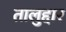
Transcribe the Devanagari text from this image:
तालुद्दार